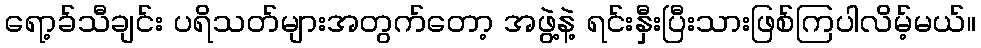
ရော့ခ်သီချင်း ပရိသတ်များအတွက်တော့ အဖွဲ့နဲ့ ရင်းနှီးပြီးသားဖြစ်ကြပါလိမ့်မယ်။